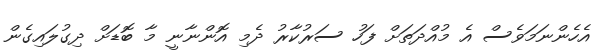
އެހެންނަމަވެސް އެ މުއްދަތަށް ފަހު ސަރުކާރު ދެމި އޮންނާނީ މާ ބޮޑަށް ދިގުލައިގެން